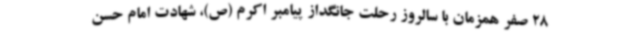
28 صفر همزمان با سالروز رحلت جانگداز پیامبر اکرم (ص)، شهادت امام حسن